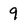
Character: 9